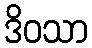
ဒိဝသာ